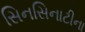
સિનસિનાટીના